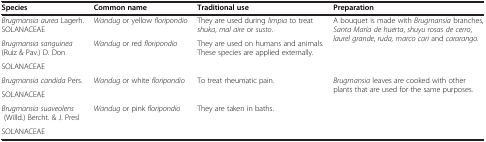
<table><thead><tr><td><b>Species</b></td><td><b>Common name</b></td><td><b>Traditional use</b></td><td><b>Preparation</b></td></tr></thead><tbody><tr><td><i>Brugmansia aurea</i> Lagerh. SOLANACEAE</td><td><i>Wandug</i> or yellow <i>floripondio</i></td><td>They are used during <i>limpia</i> to treat <i>shuka</i>, <i>mal aire</i> or <i>susto</i>.</td><td rowspan="3">A bouquet is made with <i>Brugmansia</i> branches, <i>Santa María de huerta</i>, <i>shuyu rosas de cerro</i>, <i>laurel grande</i>, <i>ruda, marco cari</i> and <i>cararango.</i></td></tr><tr><td><i>Brugmansia sanguinea</i> (Ruiz &amp; Pav.) D. Don</td><td rowspan="2"><i>Wandug</i> or red <i>floripondio</i></td><td rowspan="2">They are used on humans and animals. These species are applied externally.</td></tr><tr><td>SOLANACEAE</td></tr><tr><td><i>Brugmansia candida</i> Pers.</td><td rowspan="2"><i>Wandug</i> or white <i>floripondio</i></td><td rowspan="2">To treat rheumatic pain.</td><td rowspan="4"><i>Brugmansia</i> leaves are cooked with other plants that are used for the same purposes.</td></tr><tr><td>SOLANACEAE</td></tr><tr><td><i>Brugmansia suaveolens</i> (Willd.) Bercht. &amp; J. Presl</td><td rowspan="2"><i>Wandug</i> or pink <i>floripondio</i></td><td rowspan="2">They are taken in baths.</td></tr><tr><td>SOLANACEAE</td></tr></tbody></table>